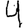
Digit: 4